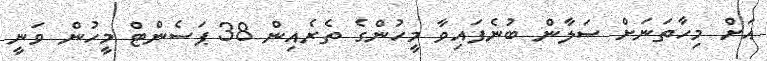
އަށް މިހާތަނަށް ސަލާން ބުނެފައިވާ މީހުންގެ ތެރެއިން 38 ޕަސެންޓް މީހުން ވަނީ